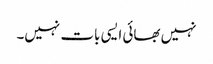
نہیں بھائی ایسی بات نہیں۔